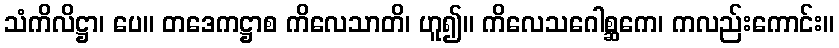
သံကိလိဋ္ဌာ၊ ပေ။ တဒေကဋ္ဌာစ ကိလေသာတိ၊ ဟူ၍။ ကိလေသဂေါစ္ဆကေ၊ ကလည်းကောင်း။